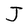
Character: J